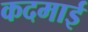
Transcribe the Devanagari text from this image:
कदमाई